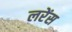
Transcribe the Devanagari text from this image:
लरेंस